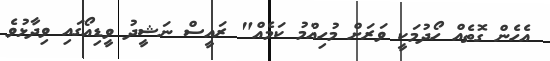
އެހެން ގޮތެއް ހޯދުމަކީ ވަރަށް މުހިއްމު ކަމެއް" ރައީސް ނަޝީދު ވީޑިއޯގައި ވިދާޅުވެ